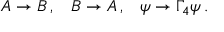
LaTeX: A \rightarrow B \, , \; \; \; B \rightarrow A \, , \; \; \; \psi \rightarrow \Gamma _ { 4 } \psi \, .